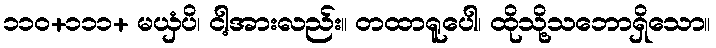
၁၁၀+၁၁၁+ မယှံပိ၊ ငါ့အားလည်း။ တထာရူပေါ၊ ထိုသို့သဘောရှိသော။